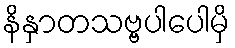
နိနှာတသဗ္ဗပါပေါမှိ